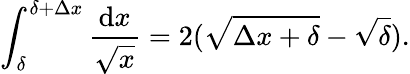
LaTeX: \int_{\delta}^{\delta+\Delta x}\frac{\mathrm{d}x}{\sqrt{x}}=2(\sqrt{\Delta x+\delta}-\sqrt{\delta}).